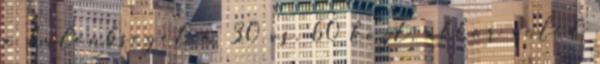
a kulonbseget a 30 vs. 60 kozt, akkor veled